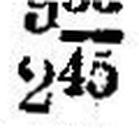
245